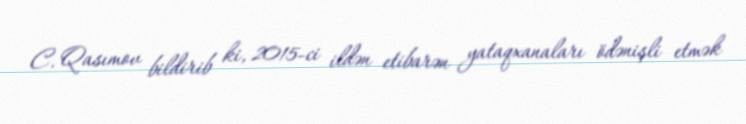
C. Qasımov bildirib ki, 2015-ci ildən etibarən yataqxanaları ödənişli etmək